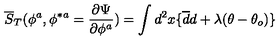
\overline { S } _ { T } ( \phi ^ { a } , \phi ^ { \ast a } = { \frac { \partial \Psi } { \partial \phi ^ { a } } } ) = \int d ^ { 2 } x \{ \overline { d } d + \lambda ( \theta - \theta _ { o } ) \}